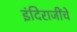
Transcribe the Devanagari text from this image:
इंदिराजींचे